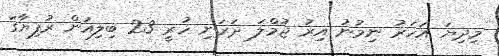
މިދިޔަ އަހަރު ނިމުނު އިރު ޖުމްލަ ދަރަނި ހުރީ 23 ބިލިއަން ރުފިޔާގަ